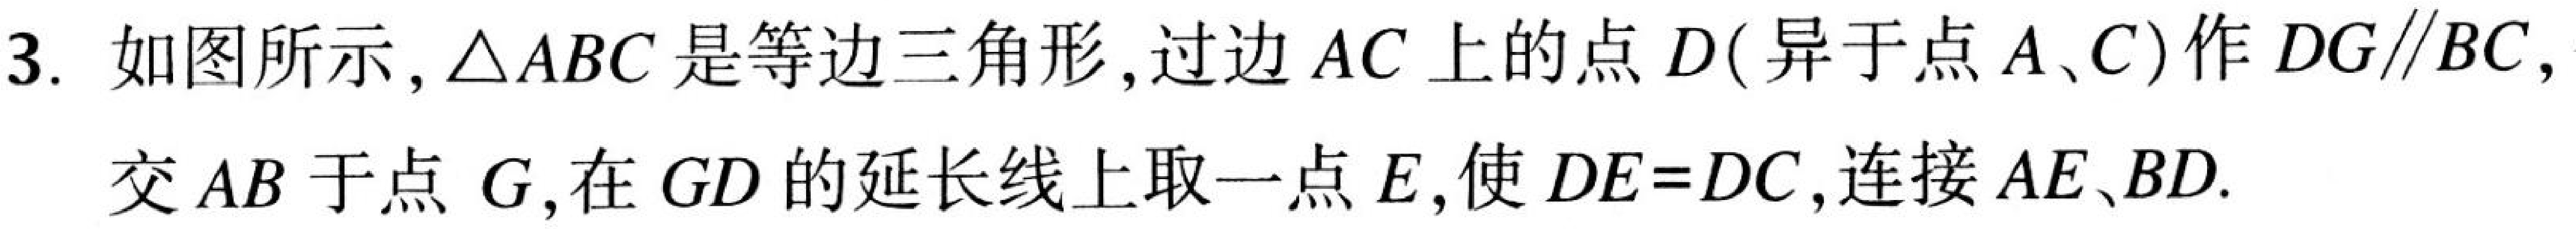
3. 如图所示,\(\triangle ABC\)是等边三角形,过边\(AC\)上的点\(D(\)异于点\(A、C)\)作\(DG\parallel BC,\)交\(AB\)于点\(G\),在\(GD\)的延长线上取一点\(E\),使\(DE = DC\),连接\(AE、BD\).